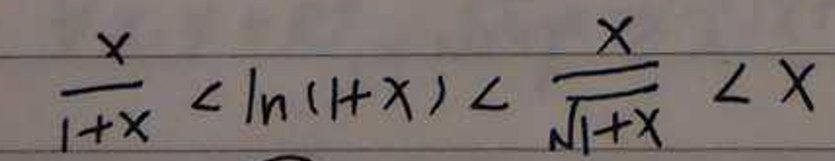
\frac{x}{1 + x} < \ln(1 + x) < \frac{x}{\sqrt{1 + x}} < x